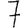
Digit: 7